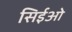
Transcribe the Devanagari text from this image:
सिईओ